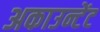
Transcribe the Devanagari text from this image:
अकाउन्टेंट